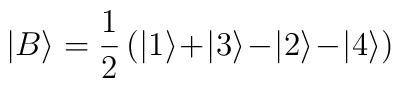
|B \rangle = \frac{1}{2}\, (|1 \rangle\! +\! |3 \rangle\! -\!    |2 \rangle\! -\! |4 \rangle )